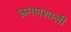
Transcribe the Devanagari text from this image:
भ्रमणशाली